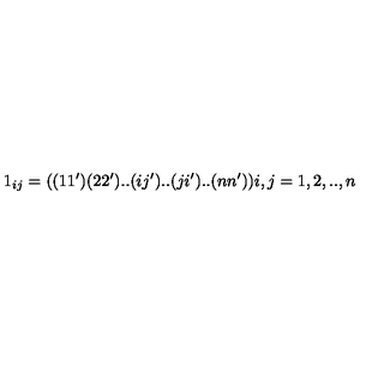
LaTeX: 1 _ { i j } = ( ( 1 1 ^ { \prime } ) ( 2 2 ^ { \prime } ) . . ( i j ^ { \prime } ) . . ( j i ^ { \prime } ) . . ( n n ^ { \prime } ) ) i , j = 1 , 2 , . . , n